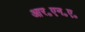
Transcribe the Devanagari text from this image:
आर॰एन॰ए॰